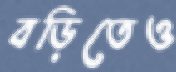
বড়িতেও